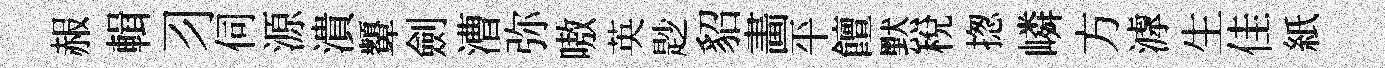
赧輯习伺源潰顰劍漕弥嗷英尟貂畵平饘黙稅揔嶙方滹生佳紙